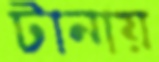
টানায়